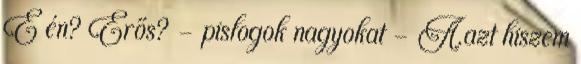
É én? Erős? – pislogok nagyokat – A.azt hiszem